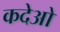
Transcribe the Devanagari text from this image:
कदेओ